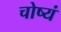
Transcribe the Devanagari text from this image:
चोष्यं